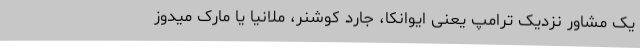
یک مشاور نزدیک ترامپ یعنی ایوانکا، جارد کوشنر، ملانیا یا مارک میدوز